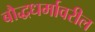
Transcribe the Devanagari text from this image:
बौद्धधर्मावरील